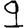
Digit: 9